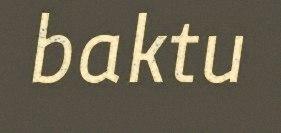
baktu